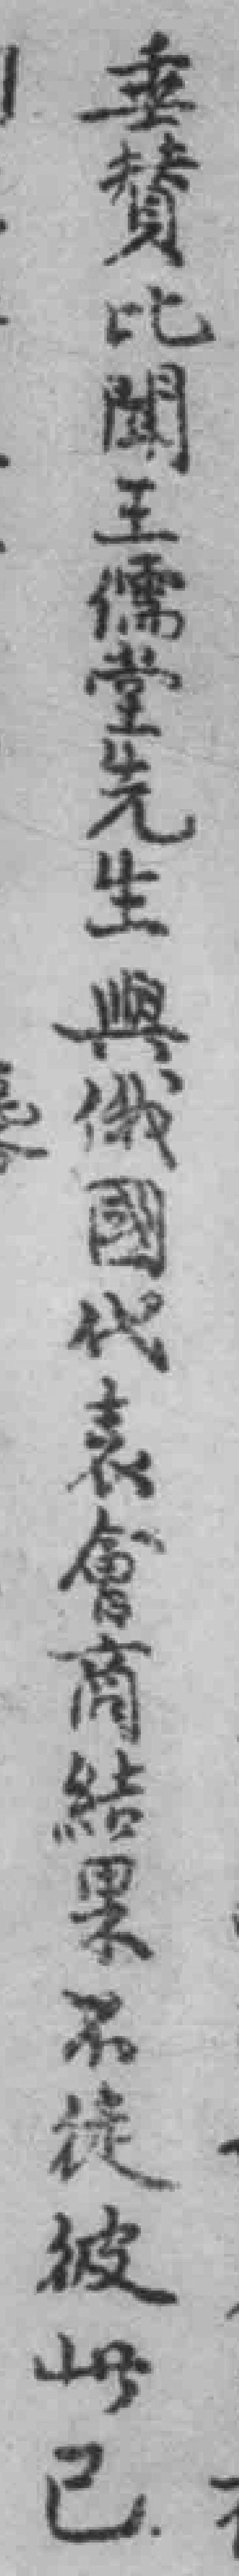
垂贊比聞王儒堂先生興俄國代表會商結果不徒彼此已